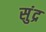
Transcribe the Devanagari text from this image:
सुंद्र